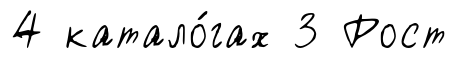
4 катало́гах 3 Рост